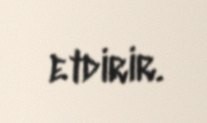
etdirir.